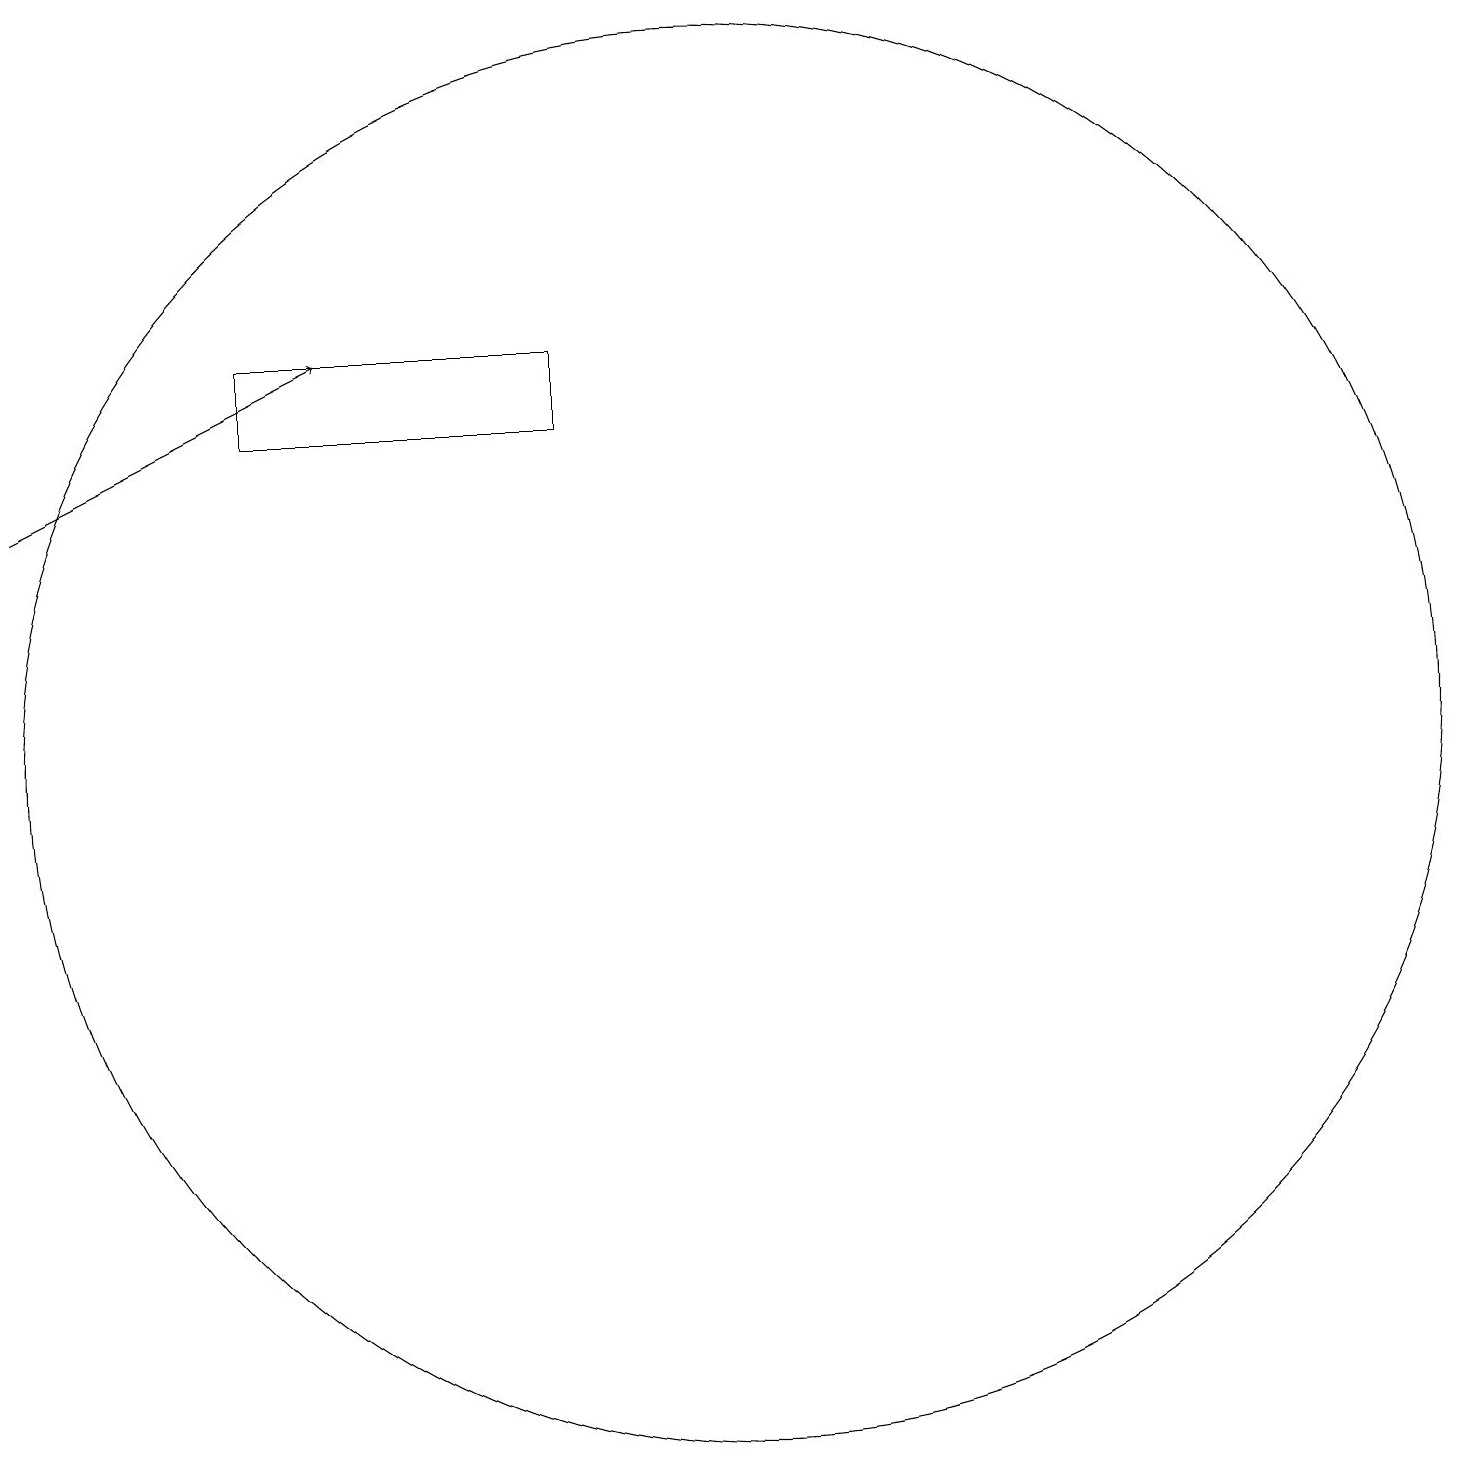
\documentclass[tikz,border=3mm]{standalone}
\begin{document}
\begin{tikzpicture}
\draw[->] (2,15) -- (6,17);
\draw (9,17) rectangle (5,16);
\draw (11,12) circle (9);
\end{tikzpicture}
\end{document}